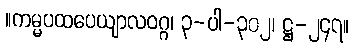
။ကမ္မပထပေယျာလဝဂ္ဂ၊ ၃-ပါ-၃၀၂၊ ဋ္ဌ-၂၄၇။